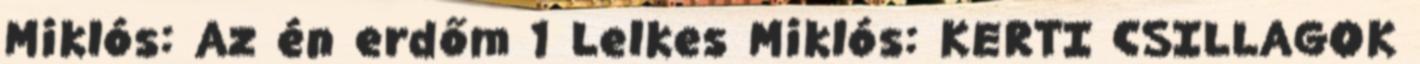
Miklós: Az én erdőm 1 Lelkes Miklós: KERTI CSILLAGOK